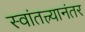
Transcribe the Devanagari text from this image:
स्वांतत्त्र्यानंतर